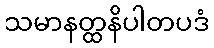
သမာနတ္ထနိပါတပဒံ